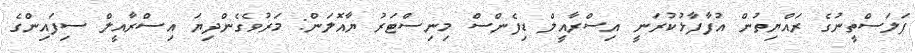
ފަލަސްތީނުގެ ރައްޔިތުން އުފާފާޅުކުރަނީ އިސްރާއީލް ޑިފެންސް މިނިސްޓަރު ޔާއޮލަން: މަރުވެގެންދިޔަ އިސްރާއީލް ސިފައިންގެ